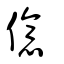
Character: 億